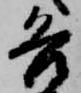
各